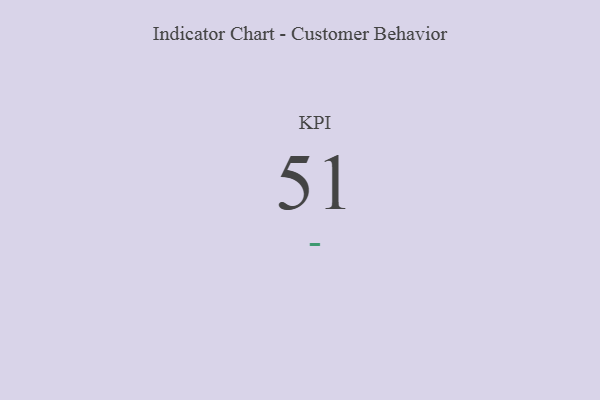
{"axis": {"x": "KPI", "y": "Value"}, "legend": [""], "data": [{"x": "KPI", "y": 51, "type": ""}]}